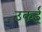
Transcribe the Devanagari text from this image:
उकई